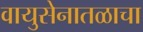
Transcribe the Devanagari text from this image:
वायुसेनातळाचा